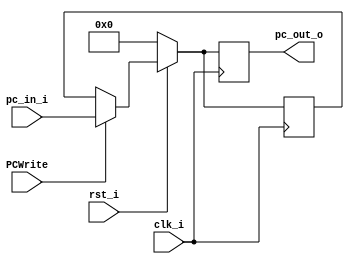
//Subject:     CO project 2 - PC
//--------------------------------------------------------------------------------
//Version:     1
//--------------------------------------------------------------------------------
//Writer:      
//----------------------------------------------
//Date:        
//----------------------------------------------
//Description: 
//--------------------------------------------------------------------------------
//0316303fM_0316309S
module ProgramCounter(
    clk_i,
	rst_i,
	pc_in_i,
	pc_out_o,
	PCWrite
	);
     
//I/O ports
input           clk_i;
input	        rst_i;
input  [32-1:0] pc_in_i;
input            PCWrite;
output [32-1:0] pc_out_o;
 
//Internal Signals
reg    [32-1:0] pc_out_o;
reg    [32-1:0] pc_stall;
//Parameter

    
//Main function
always @(posedge clk_i) begin
   if(~rst_i)begin
	    pc_out_o <= 0;
		 pc_stall <= 0;
	end
	else if(PCWrite)begin
	    pc_out_o <= pc_in_i;
		 pc_stall <= pc_in_i;
	end
	else	
	begin
		 pc_out_o <= pc_stall;
		 pc_stall <= pc_stall;
	end
	end

endmodule